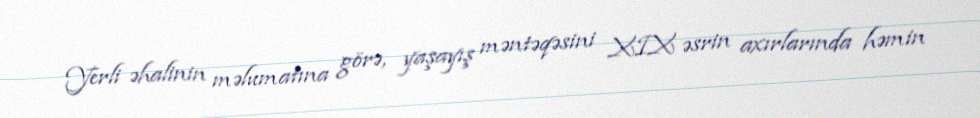
Yerli əhalinin məlumatına görə, yaşayış məntəqəsini XIX əsrin axırlarında həmin